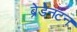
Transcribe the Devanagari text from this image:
ब्रेडेनटन